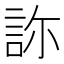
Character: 𧧂